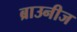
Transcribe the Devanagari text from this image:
ब्राउनीज